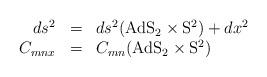
LaTeX: \begin{align*}\begin{array}{rcl}ds^2 & = & ds^2(\mathrm{AdS}_2\times\mathrm{S}^2) + dx^2 \\C_{mnx} & = & C_{mn}(\mathrm{AdS}_2\times\mathrm{S}^2)\end{array}\end{align*}